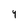
Character: 9